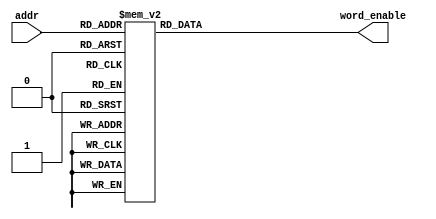
module word_decoder(addr, word_enable);

input[2:0] addr; 
output reg [7:0] word_enable;

always @(addr) begin
	case(addr)
		3'h0: word_enable = 8'h01;
		3'h1: word_enable = 8'h02;
		3'h2: word_enable = 8'h04;
		3'h3: word_enable = 8'h08;
		3'h4: word_enable = 8'h10;
		3'h5: word_enable = 8'h20;
		3'h6: word_enable = 8'h40;
		3'h7: word_enable = 8'h80;
		default: word_enable = 8'h00;
	endcase
end
endmodule